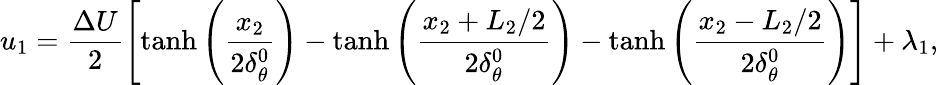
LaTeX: u_{1}=\frac{\Delta U}{2}\left[\operatorname{tanh}\left(\frac{x_{2}}{2\delta_{\theta}^{0}}\right)-\operatorname{tanh}\left(\frac{x_{2}+L_{2}/2}{2\delta_{\theta}^{0}}\right)-\operatorname{tanh}\left(\frac{x_{2}-L_{2}/2}{2\delta_{\theta}^{0}}\right)\right]+\lambda_{1},